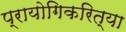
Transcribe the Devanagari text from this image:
प्रायोगिकरित्या